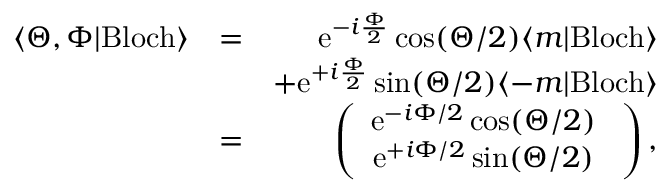
\begin{array} { r l r } { \langle \Theta , \Phi | \mathrm { B l o c h } \rangle } & { = } & { \mathrm { e } ^ { - i \frac { \Phi } { 2 } } \cos ( \Theta / 2 ) \langle m | \mathrm { B l o c h } \rangle } \\ & { } & { + \mathrm { e } ^ { + i \frac { \Phi } { 2 } } \sin ( \Theta / 2 ) \langle - m | \mathrm { B l o c h } \rangle } \\ & { = } & { \left( \begin{array} { c } { \mathrm { e } ^ { - i \Phi / 2 } \cos ( \Theta / 2 ) \ } \\ { \mathrm { e } ^ { + i \Phi / 2 } \sin ( \Theta / 2 ) \ } \end{array} \right) , } \end{array}